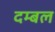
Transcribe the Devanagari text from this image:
दम्बल